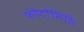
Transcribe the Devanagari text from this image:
फोटोमिति